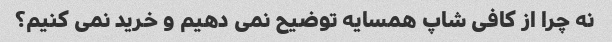
نه چرا از کافی شاپ همسایه توضیح نمی دهیم و خرید نمی کنیم؟